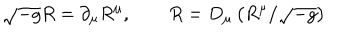
\sqrt { - g } R = \partial _ { \mu } R ^ { \mu } , \qquad R = D _ { \mu } \left( R ^ { \mu } / \sqrt { - g } \right)